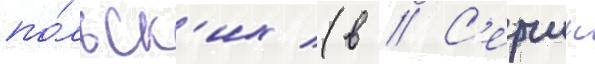
по́льск'их (в // С'ерчик